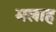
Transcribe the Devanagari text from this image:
मलाह